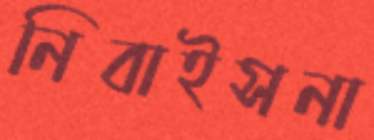
নিবাইসনা